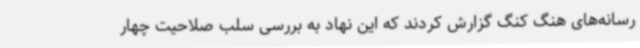
رسانه‌های هنگ کنگ گزارش کردند که این نهاد به بررسی سلب صلاحیت چهار